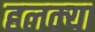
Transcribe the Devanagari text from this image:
हलक्‍या